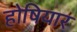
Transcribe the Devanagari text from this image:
होषियार